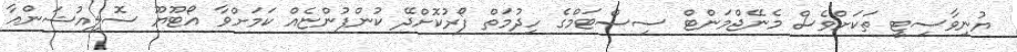
ޔުނިވާސިޓީ ތަކަށްވެސް މެނޭޖްމަންޓް ސިސްޓަމްގެ ހިދުމަތް ފޯރުކޮށްދޭ ކުންފުންޏެއް ކަމަށްވާ އޯޓޫޔޫ ސޮލިއުޝަންއާ